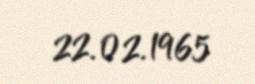
22.02.1965